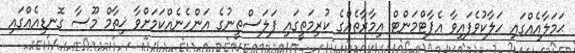
ޙަމަލާއެއްގައި ހަލާކުވެފައިވާ އެޕާޓްމަންޓް އިމާރާތެއްގެ ކުރިމަތީގައި ފަލަސްތީނުގެ އަންހެނެއްކަމަށްވާ ޚިތާމް މޫސާ ގޮނޑިއެއްގައި